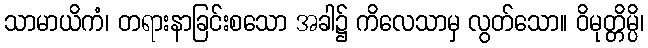
သာမာယိကံ၊ တရားနာခြင်းစသော အခါ၌ ကိလေသာမှ လွတ်သော။ ဝိမုတ္တိမ္ပိ၊